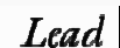
Lead